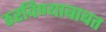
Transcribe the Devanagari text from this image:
ठरविण्याबाबत